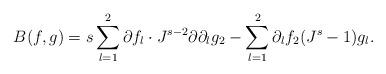
LaTeX: \begin{align*}B(f,g) = s \sum_{l=1}^2 \partial f_l \cdot J^{s-2} \partial \partial_l g_2-\sum_{l=1}^2 \partial_l f_2 (J^s-1) g_l.\end{align*}